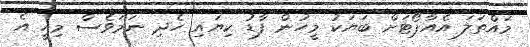
މައްތަލަ އެއާޕޯޓަށް ބަޔަކު މީހުން ފާޑު ކިޔައި ހެދި ނަމަވެސް މިއީ އެ